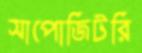
সাপোজিটরি